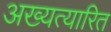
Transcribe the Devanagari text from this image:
अख्यत्यारित